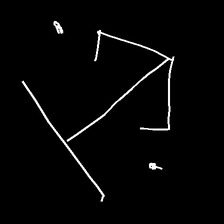
Glyph: earth